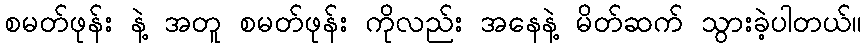
စမတ်ဖုန်း နဲ့ အတူ စမတ်ဖုန်း ကိုလည်း အနေနဲ့ မိတ်ဆက် သွားခဲ့ပါတယ်။